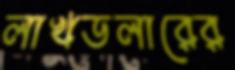
লাখডলারের